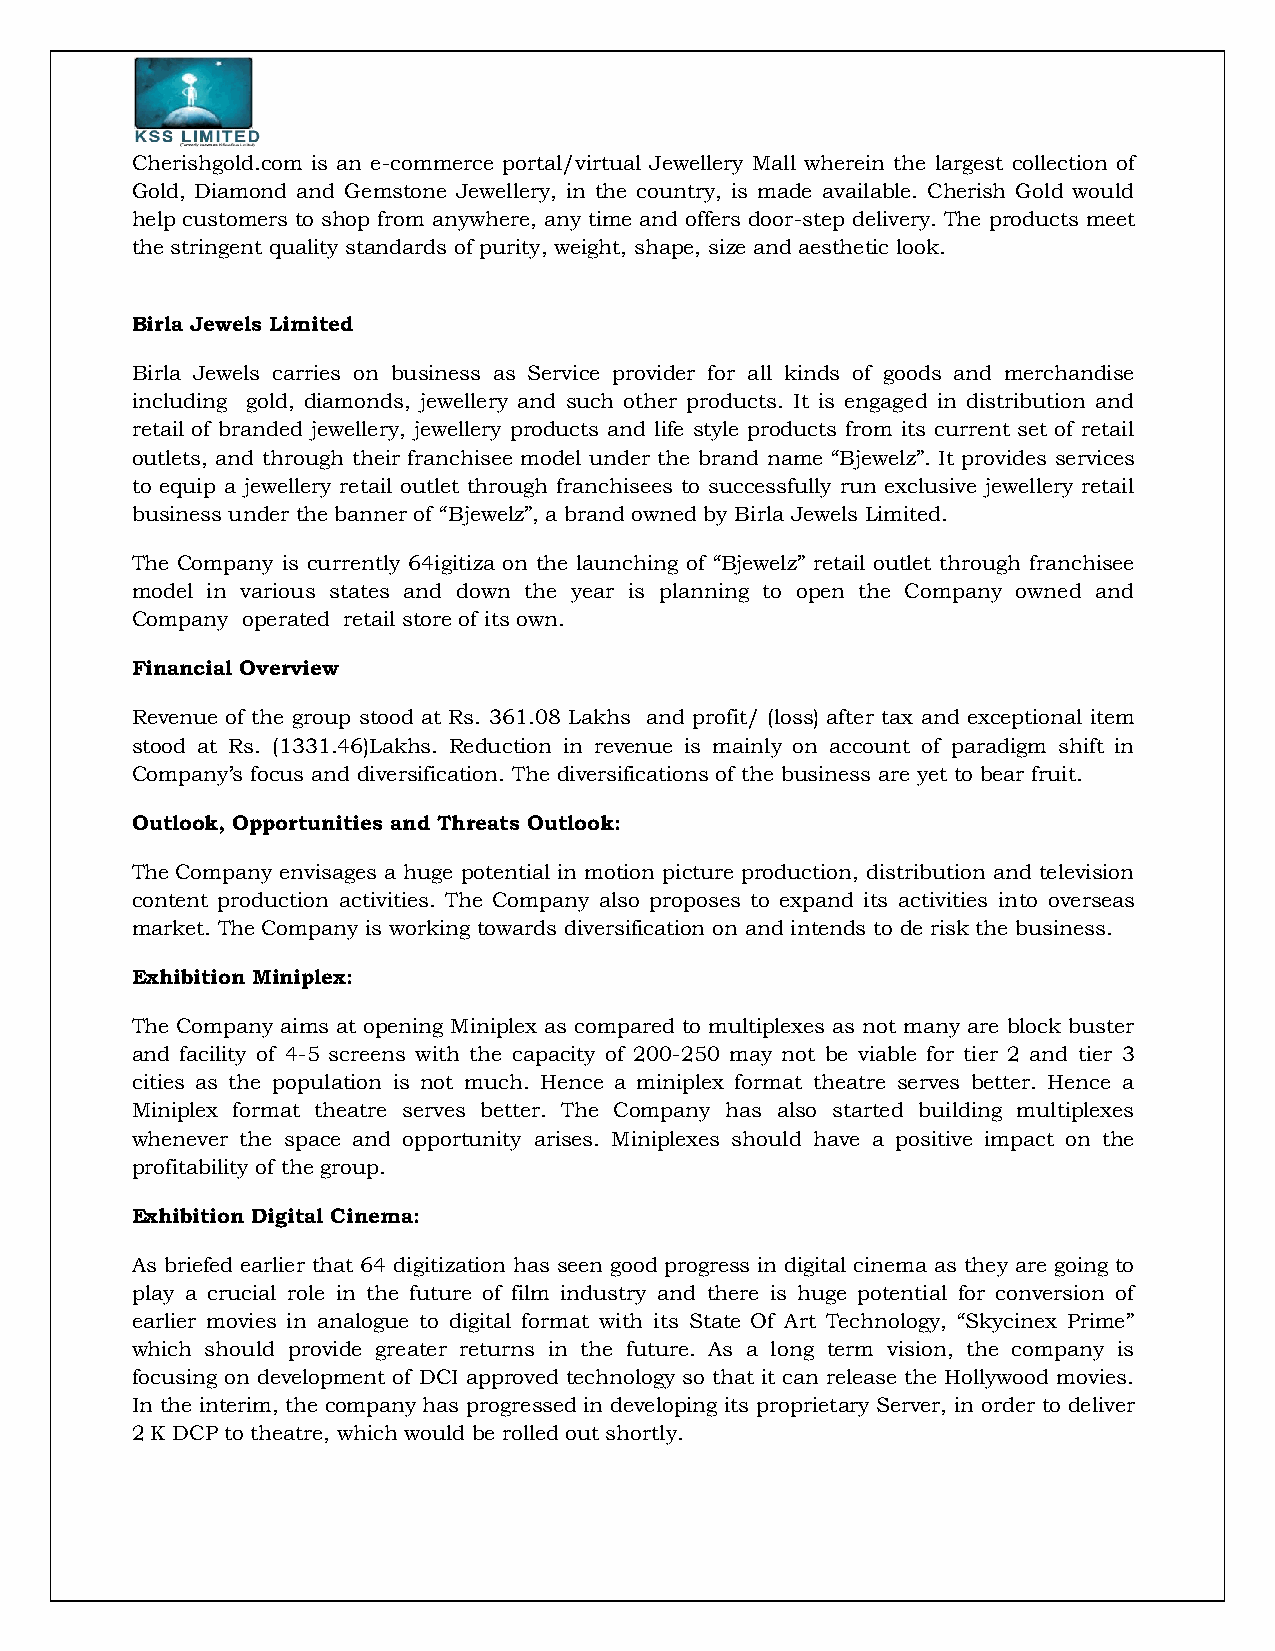
Cherishgold.com is an e-commerce portal/virtual Jewellery Mall wherein the largest collection of
 Gold, Diamond and Gemstone Jewellery, in the country, is made available. Cherish Gold would
 help customers to shop from anywhere, any time and offers door-step delivery. The products meet
 the stringent quality standards of purity, weight, shape, size and aesthetic look.
 Birla Jewels Limited
 Birla Jewels carries on business as Service provider for all kinds of goods and merchandise
 including gold, diamonds, jewellery and such other products. It is engaged in distribution and
 retail of branded jewellery, jewellery products and life style products from its current set of retail
 outlets, and through their franchisee model under the brand name “Bjewelz”. It provides services
 to equip a jewellery retail outlet through franchisees to successfully run exclusive jewellery retail
 business under the banner of “Bjewelz”, a brand owned by Birla Jewels Limited.
 The Company is currently 64igitiza on the launching of “Bjewelz” retail outlet through franchisee
 model in various states and down the year is planning to open the Company owned and
 Company operated retail store of its own.
 Financial Overview
 Revenue of the group stood at Rs. 361.08 Lakhs and profit/ (loss) after tax and exceptional item
 stood at Rs. (1331.46)Lakhs. Reduction in revenue is mainly on account of paradigm shift in
 Company’s focus and diversification. The diversifications of the business are yet to bear fruit.
 Outlook, Opportunities and Threats Outlook:
 The Company envisages a huge potential in motion picture production, distribution and television
 content production activities. The Company also proposes to expand its activities into overseas
 market. The Company is working towards diversification on and intends to de risk the business.
 Exhibition Miniplex:
 The Company aims at opening Miniplex as compared to multiplexes as not many are block buster
 and facility of 4-5 screens with the capacity of 200-250 may not be viable for tier 2 and tier 3
 cities as the population is not much. Hence a miniplex format theatre serves better. Hence a
 Miniplex format theatre serves better. The Company has also started building multiplexes
 whenever the space and opportunity arises. Miniplexes should have a positive impact on the
 profitability of the group.
 Exhibition Digital Cinema:
 As briefed earlier that 64 digitization has seen good progress in digital cinema as they are going to
 play a crucial role in the future of film industry and there is huge potential for conversion of
 earlier movies in analogue to digital format with its State Of Art Technology, “Skycinex Prime”
 which should provide greater returns in the future. As a long term vision, the company is
 focusing on development of DCI approved technology so that it can release the Hollywood movies.
 In the interim, the company has progressed in developing its proprietary Server, in order to deliver
 2 K DCP to theatre, which would be rolled out shortly.